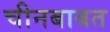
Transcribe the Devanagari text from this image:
चीनबाबत